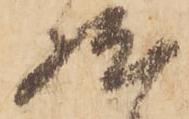
然